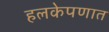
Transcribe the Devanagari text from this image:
हलकेपणात